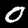
Digit: 0